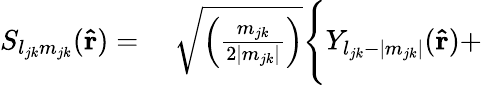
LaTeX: \begin{array}{rl}{S_{l_{jk}m_{jk}}(\mathbf{\hat{r}})={}}&{{}\sqrt{\Big(\frac{m_{jk}}{2|m_{jk}|}\Big)}\Bigg\{ Y_{l_{jk}-|m_{jk}|}(\mathbf{\hat{r}})+}\end{array}